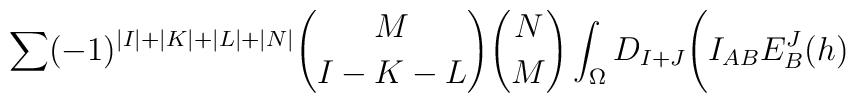
\sum(-1)^{\vert I \vert +\vert K \vert +\vert L \vert + \vert N \vert}{M \choose {I-K-L}}{N \choose M}\int_{\Omega}D_{I+J}\Biggl( I_{AB}E^J_B(h)